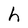
Character: h